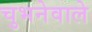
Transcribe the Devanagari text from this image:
चुभनेवाले